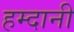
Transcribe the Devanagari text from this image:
हम्दानी